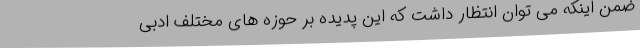
ضمن اینکه می توان انتظار داشت که این پدیده بر حوزه های مختلف ادبی